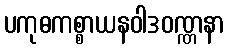
ပကုဓကစ္စာယနဝါဒဝဏ္ဏနာ